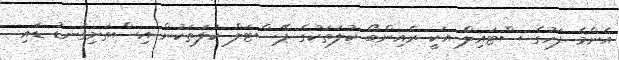
އެންމެ ފަހުގެ ސްޓައިލް އަކީ ރެއިންބޯ ކުލަތަކުގެ ޕޭސްޓަލް ކުލަތަކުން އިސްތަށިގަނޑު ޑައި